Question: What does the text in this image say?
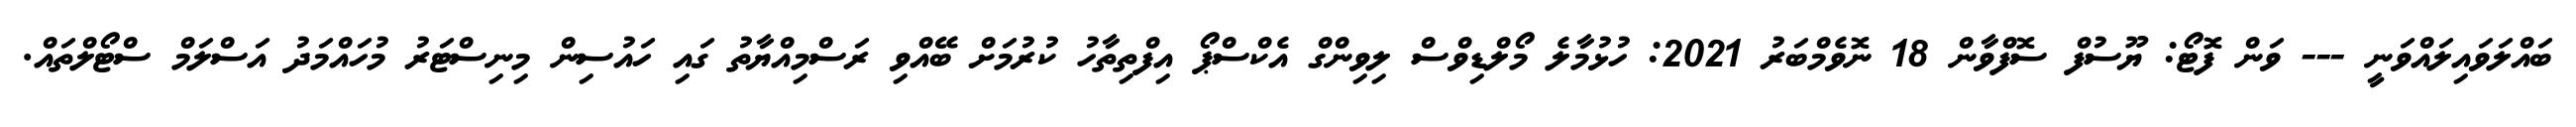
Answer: ބައްލަވައިލައްވަނީ --- ވަން ފޮޓޯ: ޔޫސުފް ސޮފްވާން 18 ނޮވެމްބަރު 2021: ހުޅުމާލެ މޯލްޑިވްސް ލިވިންގް އެކްސްޕޯ އިފްތިތާހު ކުރުމަށް ބޭއްވި ރަސްމިއްޔާތު ގައި ހައުސިން މިނިސްޓަރު މުހައްމަދު އަސްލަމް ސްޓޯލްތައް.